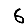
Digit: 6